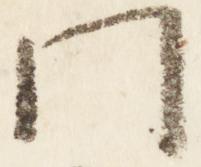
門